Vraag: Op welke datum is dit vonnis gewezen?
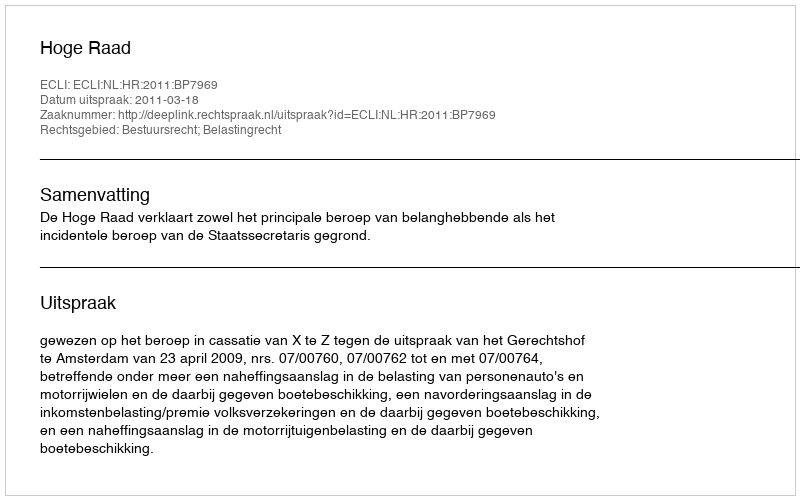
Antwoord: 2011-03-18